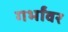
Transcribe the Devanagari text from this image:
गर्भांवर